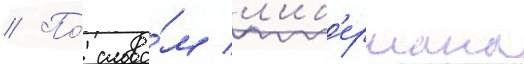
// По́ слова́м л'иб'ермана